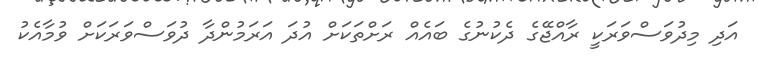
އަދި މިދުވަސްވަރަކީ ރާއްޖޭގެ ދެކުނުގެ ބައެއް ރަށްތަކަށް އުދަ އަރަމުންދާ ދުވަސްވަރަކަށް ވުމާއެކު